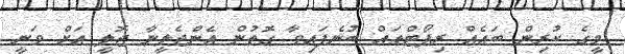
މީގެ ކުރިން ބައެއް ރިޕޯޓްތައް ބުނެފައިވާ ގޮތުން އެންޖެލީނާ ޖޮލީ އަށް ވަނީ